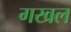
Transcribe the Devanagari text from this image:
गखल